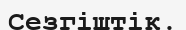
Сезгіштік.